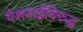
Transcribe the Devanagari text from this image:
पेशवाईविरुद्ध